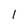
Character: 1